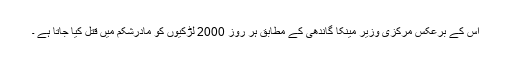
اس کے برعکس مرکزی وزیر مینکا گاندھی کے مطابق ہر روز 2000 لڑکیوں کو مادرشکم میں قتل کیا جاتا ہے ۔